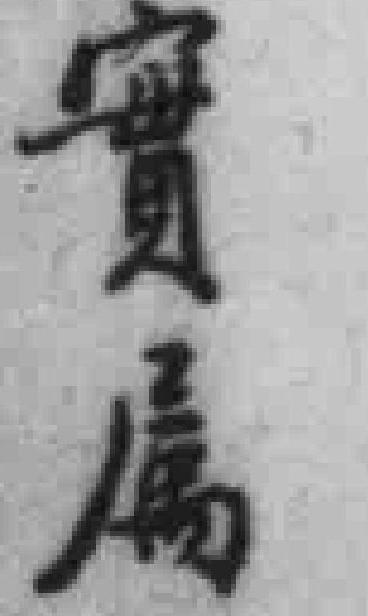
實属